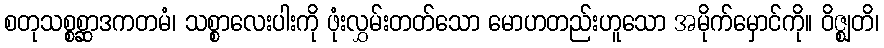
စတုသစ္စစ္ဆာဒကတမံ၊ သစ္စာလေးပါးကို ဖုံးလွှမ်းတတ်သော မောဟတည်းဟူသော အမိုက်မှောင်ကို။ ဝိဇ္ဈတိ၊